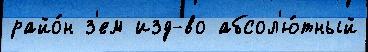
райо́н з'ем изд-во абсол'ю́тный